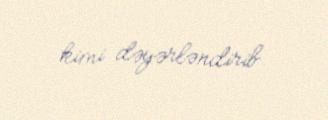
kimi dəyərləndirib.